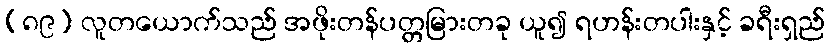
(၈၉) လူတယောက်သည် အဖိုးတန်ပတ္တမြားတခု ယူ၍ ရဟန်းတပါးနှင့် ခရီးရှည်